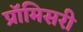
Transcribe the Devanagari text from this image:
प्रॉमिसरी